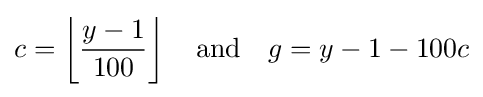
c=\left\lfloor {\frac {y-1}{100}}\right\rfloor \quad {\text{and}}\quad g=y-1-100c